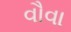
વૌવા